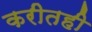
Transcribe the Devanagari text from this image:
करीतही